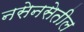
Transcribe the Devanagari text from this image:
नसेनसेतील